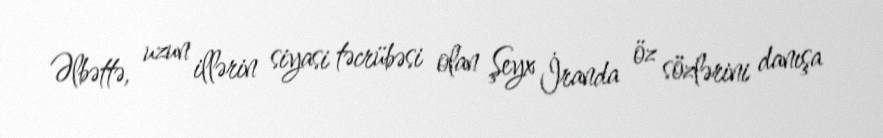
Əlbəttə, uzun illərin siyasi təcrübəsi olan Şeyx İranda öz sözlərini danışa